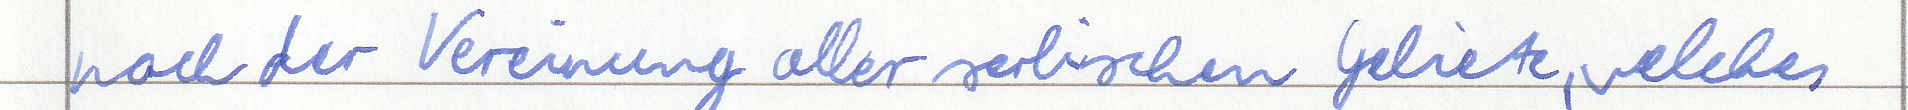
nach der Vereinung aller serbischen Gebiete, welches